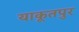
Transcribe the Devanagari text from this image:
याकूतपुर